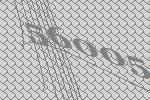
56005